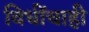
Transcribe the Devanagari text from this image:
विधींचाही